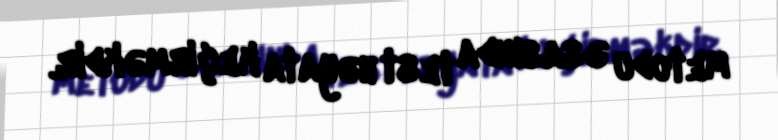
metodu əsasında test həyata keçirməkdir.